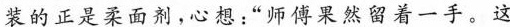
装的正是柔面剂，心想：”师傅果然留着一手。这